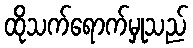
ထိုသက်ရောက်မှုသည်